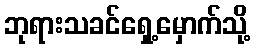
ဘုရားသခင်ရှေ့မှောက်သို့